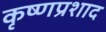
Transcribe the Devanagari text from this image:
कृष्णप्रशाद